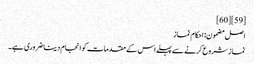
[59] [60]
اصل مضمون: احکام نماز
نماز شروع کرنے سے پہلے اس کے مقدمات کو انجام دینا ضروری ہے۔